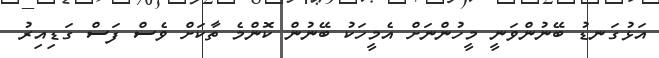
އަޅުގަނޑު ބޭނުންވަނީ މީހުންނަށް އެމީހަކު ބޭނުން ކޮންމެ ތާކަށް ވެސް ފަސް ގަޑިއިރު